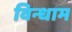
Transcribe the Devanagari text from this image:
विन्धाम